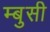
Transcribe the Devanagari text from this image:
म्बुसी